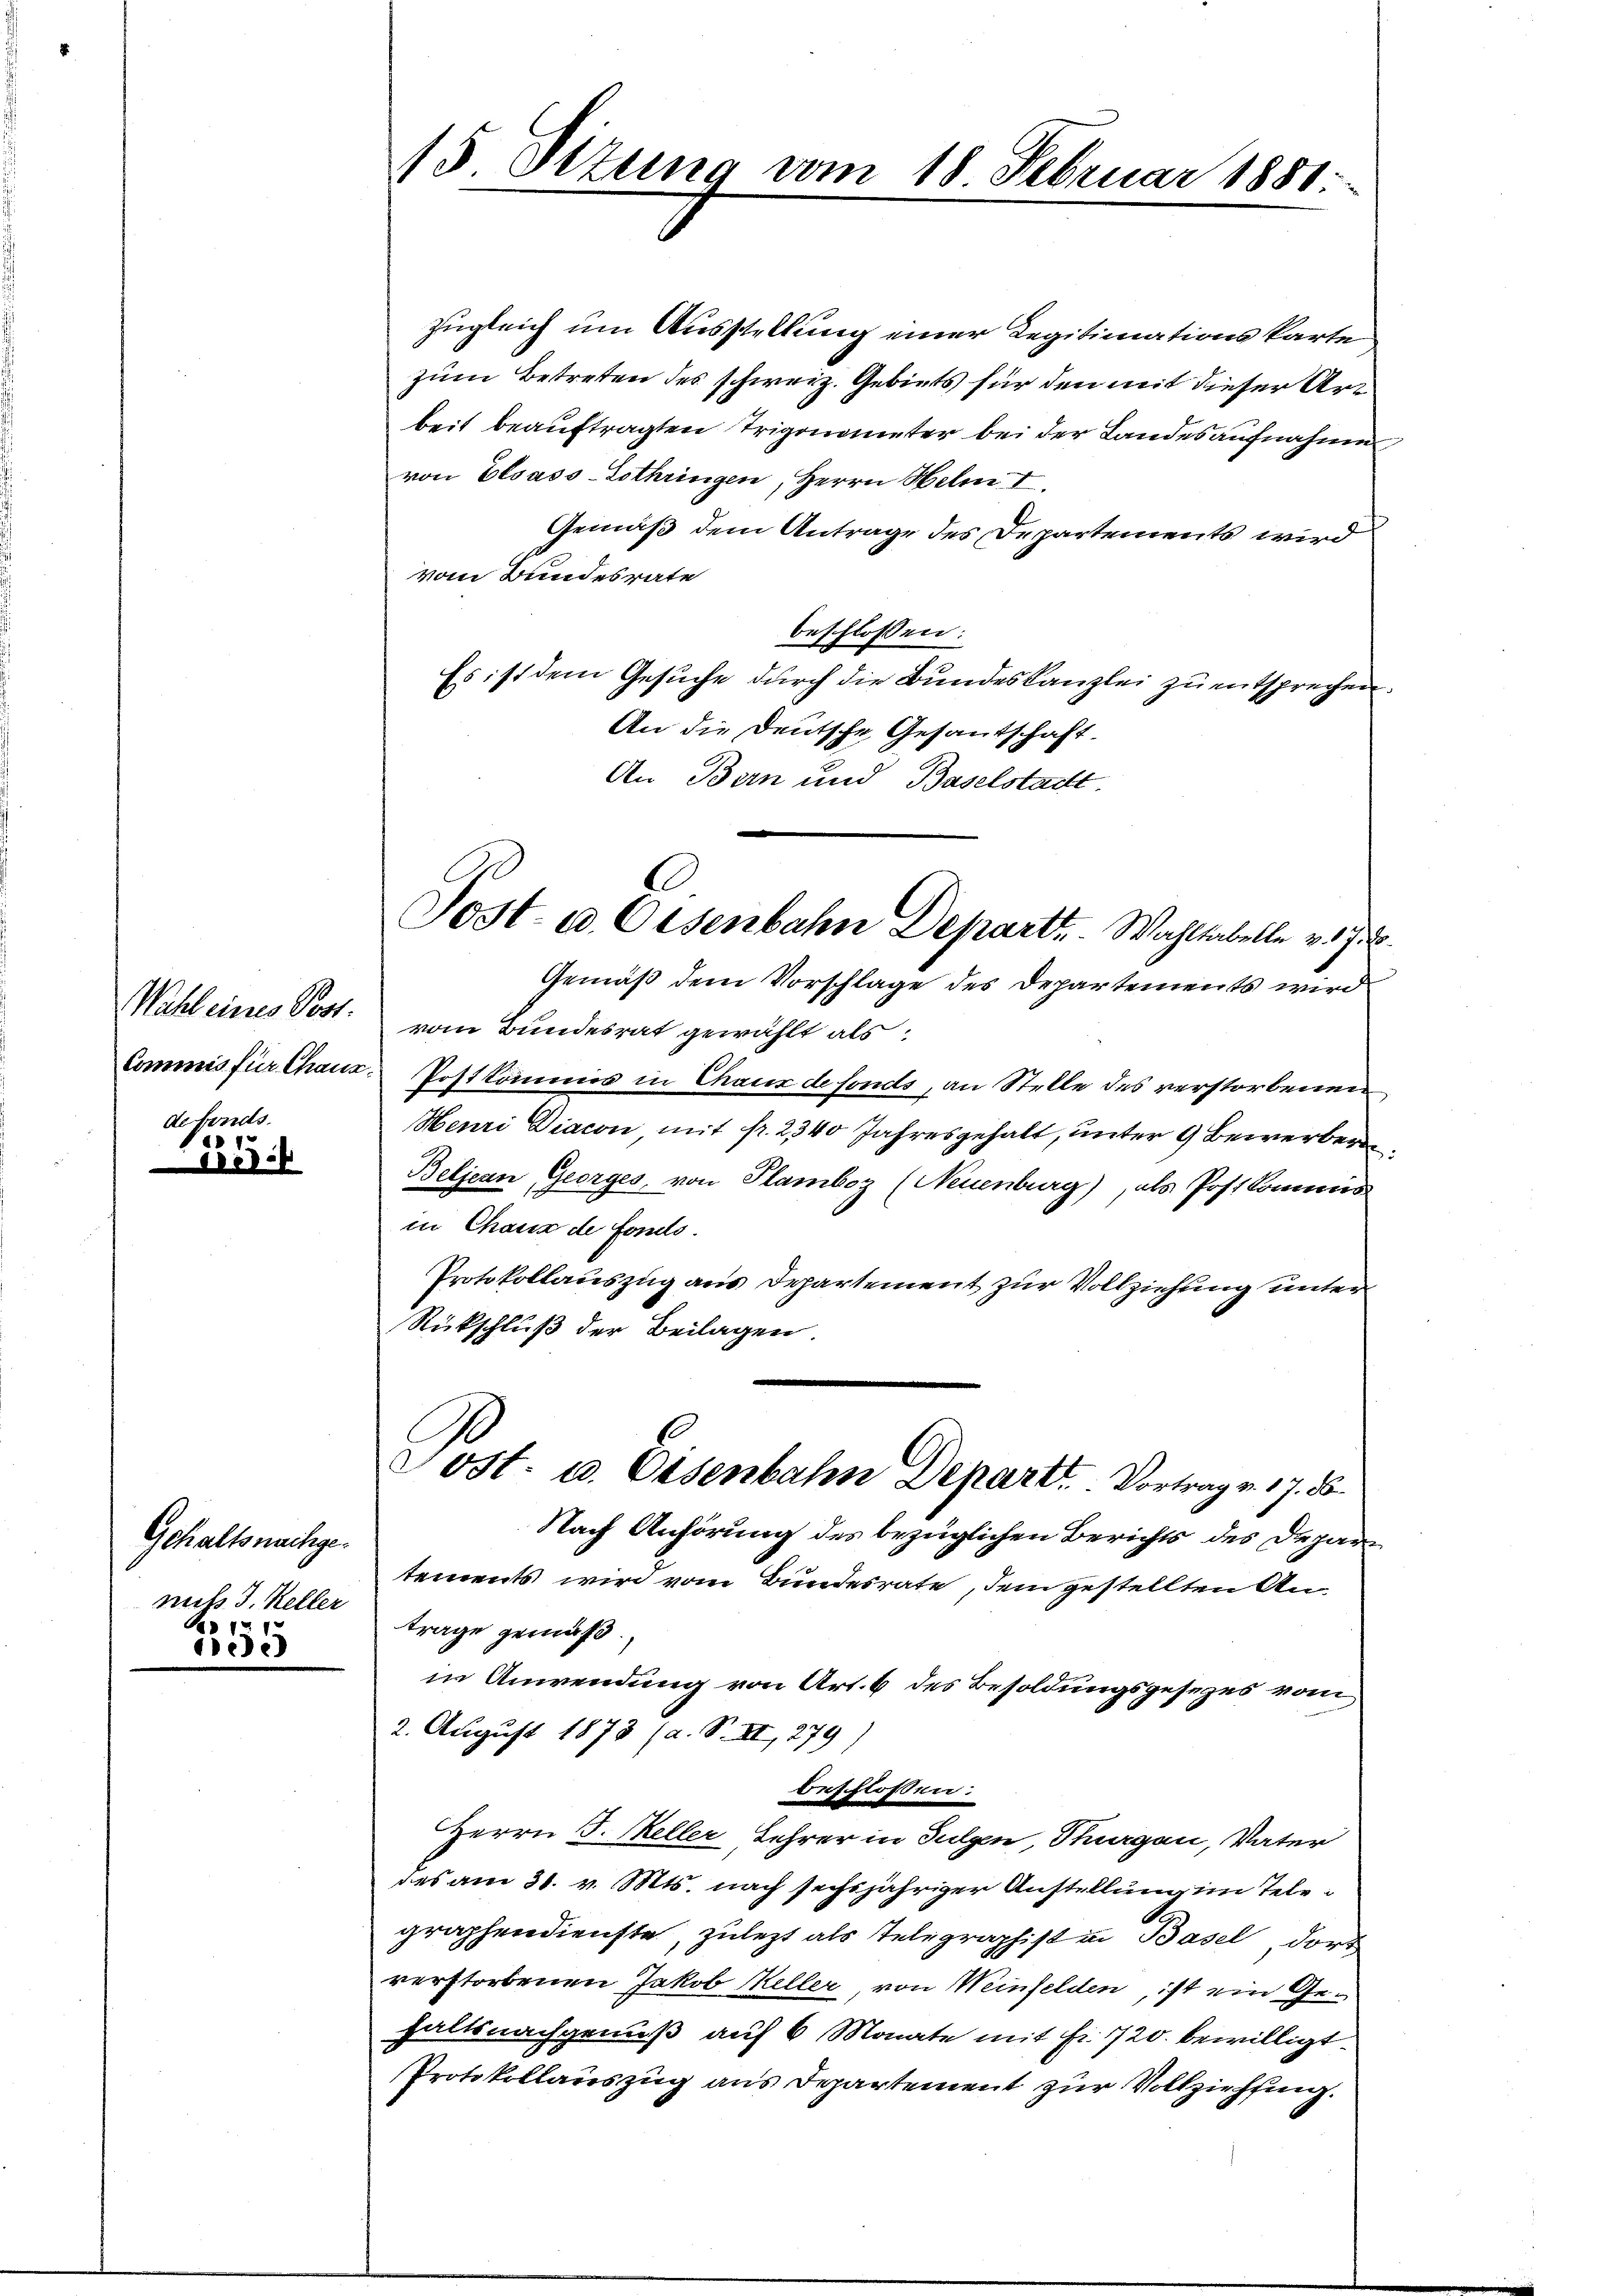
Wahl eines Post.
Commis für Chanz
desandts

1815
eli

Gehaltsnachgenut J. Keller
 xx
ee

15 Sizung vom 18 Februar 1881

zugleich um Ausstellung einer Legitimationskarte
zum Betreten des schweiz. Gebiets für den mit dieser Art
beit beauftragten Trigonometer bei der Landesaufnahme
von Elsass-Lothringen, Herrn Helm I.
Gemäß dem Antrage des Departements wird
vom Bundesrate
beschlossen:
Es ist dem Gesuche durch die Bundeskanzlei zu entsprechen.
An die Deutsche Gesantschaft.
An Bern und Baselstadt.
Gemäß dem Vorschlage des Departements wird
vom Bundesrat gewählt als
Postkommes in Chaux de fonds, an Stelle des verstorbenen
Henri Diacon, mit fr. 2340 Jahresgehalt, unter 9 Bewerber
Beljean Georges, von Plamboz (Neuenburg), als Postkomens
in Chaus de fondo.
Protokollauszug aus Departement zur Vollziehung unter
Rückschluß der Beilagen.
Cost. u. Eisenbahn Depart. Vortrag v. 17. d.
Nach Anhörung des bezüglichen Berichts des Deparitements wird vom Bundesrate, dem gestellten Anträge gemäß
in Anwendung von Art. 6 des Besoldungsgesezes vom
2. August 1873 (a. S. II, 279)
beschloßen:
Herrn J. Meller Lehrer in Fulgen, Sturgau, Vater
das am 31. v. Mts. nach sechsjähriger Anstellung im Telegraphendienste, zulezt als Telegraphist in Basel, dort
verstorbenen Jakob Meller, von Weinfelden, ist ein Gehaltsnachgenuß auf 6 Monate mit Fr. 720. bewilligt
Protokollauszug aus Departement zur Vollziehung.

Sost- u. Eisenbahn Departe Wahltabelle v. 172.